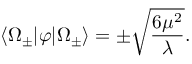
\langle \Omega _ { \pm } | \varphi | \Omega _ { \pm } \rangle = \pm { \sqrt { \frac { 6 \mu ^ { 2 } } { \lambda } } } .